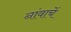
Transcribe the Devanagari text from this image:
नांवाचें